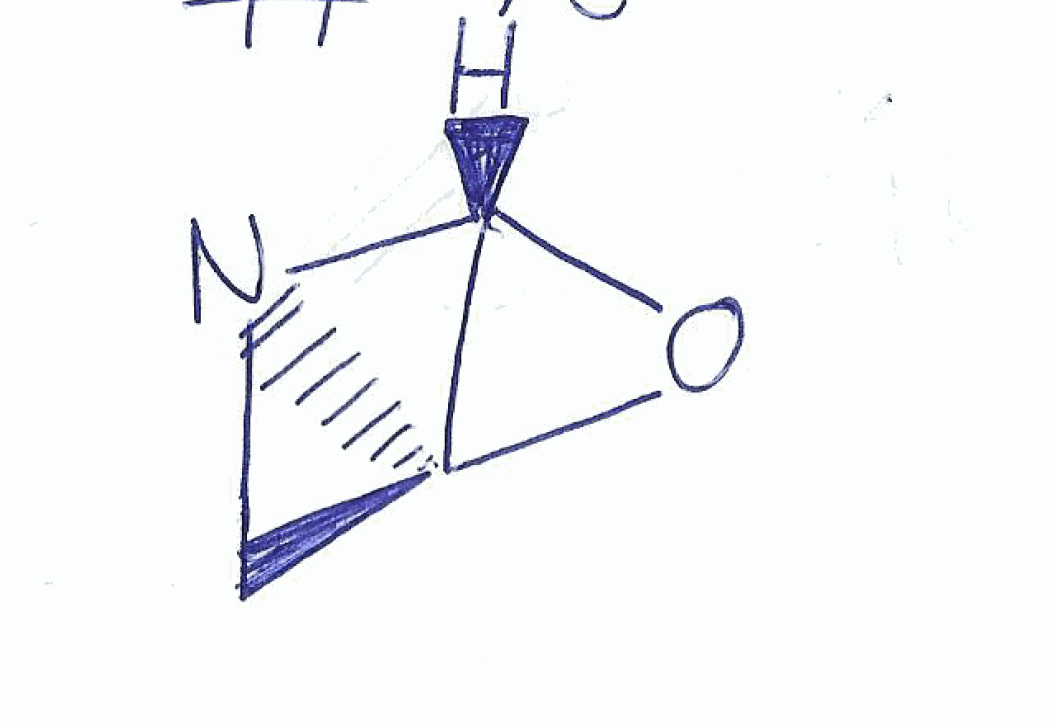
Simplified molecular-input line-entry system (SMILES) notation of the given molecule:
C1[C@@]23N1[C@@H]2O3